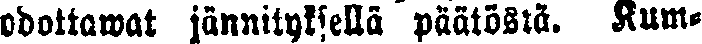
odottawat jännityksellä päätöstä. Kum-